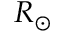
R _ { \odot }